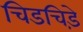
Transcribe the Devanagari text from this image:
चिडचिड़े